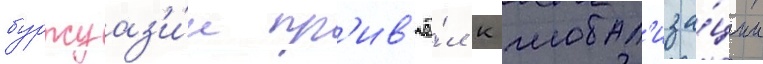
буржуаз'и́и пр'ив'ё́л к глобал'иза́ции